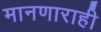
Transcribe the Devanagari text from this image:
मानणाराही